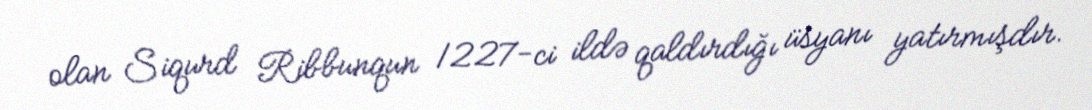
olan Siqurd Ribbunqun 1227-ci ildə qaldırdığı üsyanı yatırmışdır.